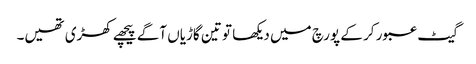
گیٹ عبور کر کے پورچ میں دیکھا تو تین گاڑیاں آگے پیچھے کھڑی تھیں۔